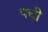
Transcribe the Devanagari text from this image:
पची